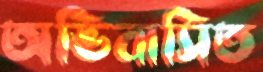
অভিবাসিত